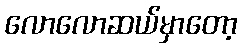
လောလောဆယ်မှာတော့